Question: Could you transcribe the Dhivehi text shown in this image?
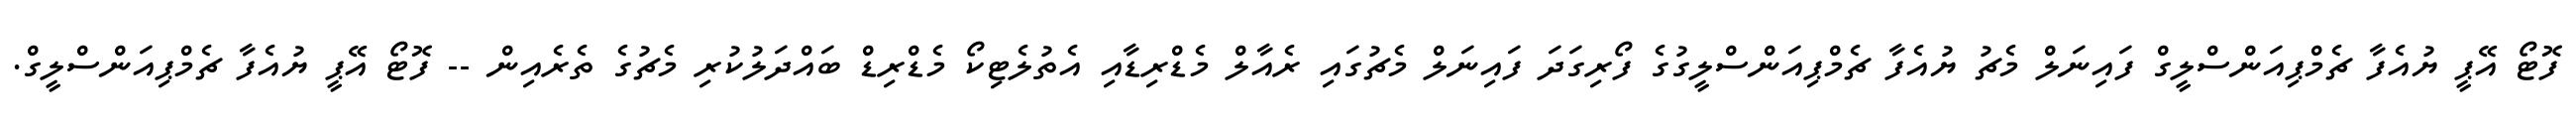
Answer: ފޮޓޯ އޭޕީ ޔުއެފާ ޗެމްޕިއަންސްލީގް ފައިނަލް މެޗު ޔުއެފާ ޗެމްޕިއަންސްލީގުގެ ފޯރިގަދަ ފައިނަލް މެޗުގައި ރެއާލް މެޑްރިޑާއި އެތުލެޓިކޯ މެޑްރިޑް ބައްދަލުކުރި މެޗުގެ ތެރެއިން -- ފޮޓޯ އޭޕީ ޔުއެފާ ޗެމްޕިއަންސްލީގް.